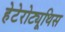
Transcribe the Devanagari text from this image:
हेटेरोट्यूथिस